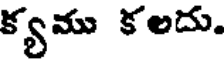
క్యము కలదు.